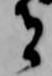
者